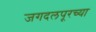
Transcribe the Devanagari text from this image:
जगदलपूरच्या